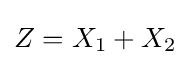
Z=X_{1}+X_{2}